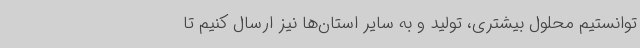
توانستیم محلول بیشتری، تولید و به سایر استان‌ها نیز ارسال کنیم تا